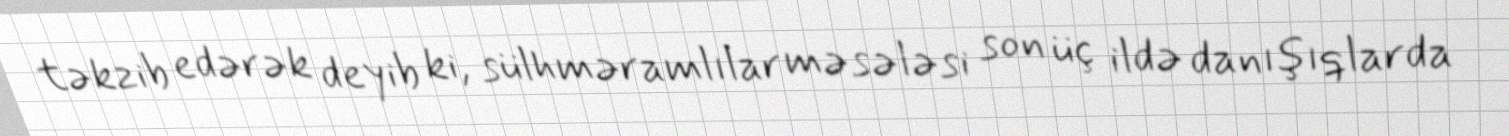
təkzib edərək deyib ki, sülhməramlılar məsələsi son üç ildə danışıqlarda